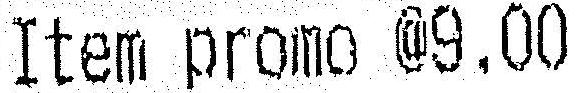
ITEM PROMO @9.00